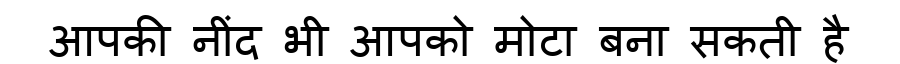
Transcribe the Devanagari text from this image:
आपकी नींद भी आपको मोटा बना सकती है